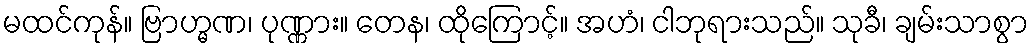
မထင်ကုန်။ ဗြာဟ္မဏ၊ ပုဏ္ဏား။ တေန၊ ထိုကြောင့်။ အဟံ၊ ငါဘုရားသည်။ သုခီ၊ ချမ်းသာစွာ